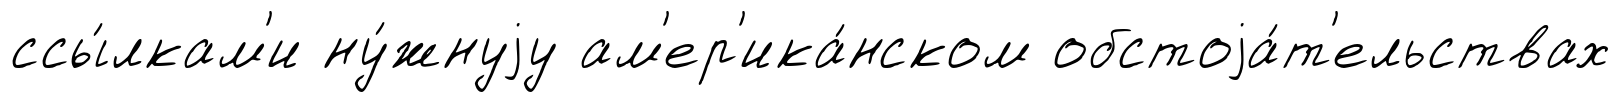
ссы́лкам'и ну́жнуjу ам'ер'ика́нском обстоjа́т'ельствах